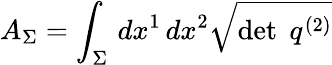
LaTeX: A_{\Sigma}=\int_{\Sigma}\, dx^{1}\, dx^{2}{\sqrt{\operatorname*{det}\; q^{(2)}}}